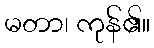
မတာ၊ ကုန်၏။